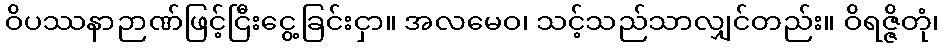
ဝိပဿနာဉာဏ်ဖြင့်ငြီးငွေ့ခြင်းငှာ။ အလမေဝ၊ သင့်သည်သာလျှင်တည်း။ ဝိရဇ္ဇိတုံ၊